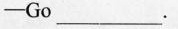
─Go___.